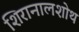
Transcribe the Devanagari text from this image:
शिरानालशोथ